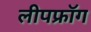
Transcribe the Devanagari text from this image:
लीपफ्रॉग